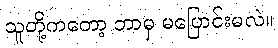
သူတို့ကတော့ ဘာမှ မပြောင်းမလဲ။